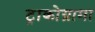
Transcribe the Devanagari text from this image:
ट्राकोग्रामा